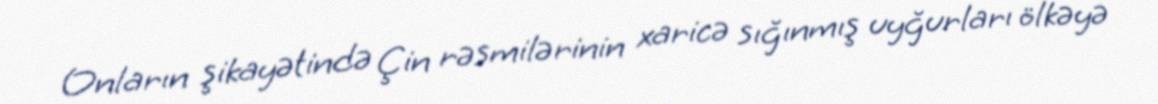
Onların şikayətində Çin rəsmilərinin xaricə sığınmış uyğurları ölkəyə